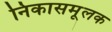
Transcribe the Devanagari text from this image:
निकासमूलक